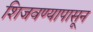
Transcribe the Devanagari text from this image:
शिजवण्यापासून